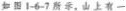
如 图 1-6-7所示，山上有一